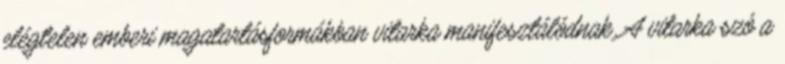
elégtelen emberi magatartásformákban vitarka manifesztálódnak. A vitarka szó a